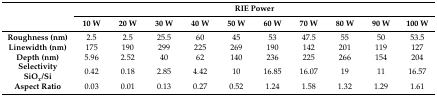
<table><thead><tr><td rowspan="2"></td><td colspan="10"><b>RIE Power</b></td></tr><tr><td><b>10 W</b></td><td><b>20 W</b></td><td><b>30 W</b></td><td><b>40 W</b></td><td><b>50 W</b></td><td><b>60 W</b></td><td><b>70 W</b></td><td><b>80 W</b></td><td><b>90 W</b></td><td><b>100 W</b></td></tr></thead><tbody><tr><td><b>Roughness (nm)</b></td><td>2.5</td><td>2.5</td><td>25.5</td><td>60</td><td>45</td><td>53</td><td>47.5</td><td>55</td><td>50</td><td>53.5</td></tr><tr><td><b>Linewidth (nm)</b></td><td>175</td><td>190</td><td>299</td><td>225</td><td>269</td><td>190</td><td>142</td><td>201</td><td>119</td><td>127</td></tr><tr><td><b>Depth (nm)</b></td><td>5.96</td><td>2.52</td><td>40</td><td>62</td><td>140</td><td>236</td><td>225</td><td>266</td><td>154</td><td>204</td></tr><tr><td><b>Selectivity SiO<i><sub>x</sub></i>/Si</b></td><td>0.42</td><td>0.18</td><td>2.85</td><td>4.42</td><td>10</td><td>16.85</td><td>16.07</td><td>19</td><td>11</td><td>16.57</td></tr><tr><td><b>Aspect Ratio</b></td><td>0.03</td><td>0.01</td><td>0.13</td><td>0.27</td><td>0.52</td><td>1.24</td><td>1.58</td><td>1.32</td><td>1.29</td><td>1.61</td></tr></tbody></table>